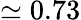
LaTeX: \simeq 0.73